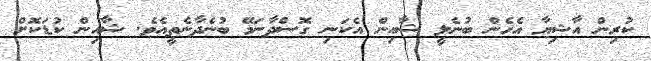
ކުރިން އާޝިޔާ އެހެން ބުނެލީ ޝާއިން އެކަނި ގޮސްދާނަމޭ ބުނެދާނެތީއެވެ. ޝާއިން ކުޑަކޮށް